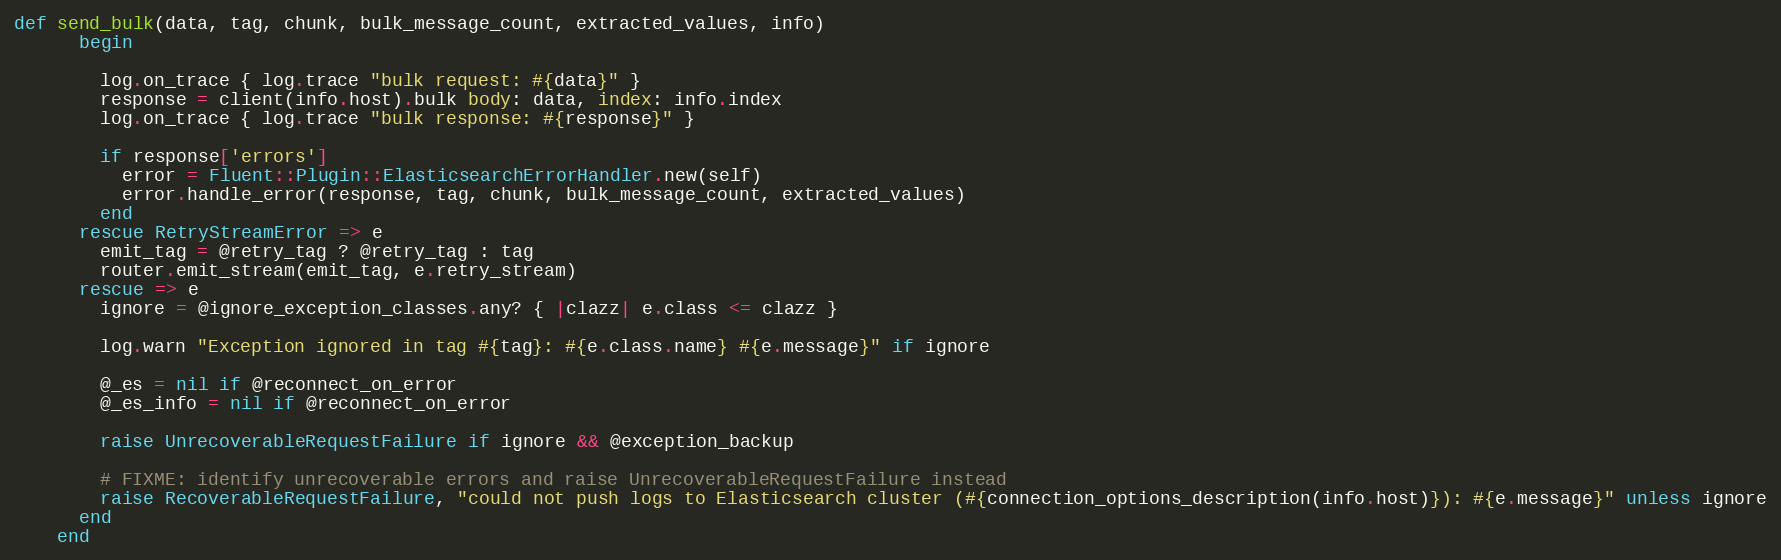
Language: Ruby
def send_bulk(data, tag, chunk, bulk_message_count, extracted_values, info)
      begin

        log.on_trace { log.trace "bulk request: #{data}" }
        response = client(info.host).bulk body: data, index: info.index
        log.on_trace { log.trace "bulk response: #{response}" }

        if response['errors']
          error = Fluent::Plugin::ElasticsearchErrorHandler.new(self)
          error.handle_error(response, tag, chunk, bulk_message_count, extracted_values)
        end
      rescue RetryStreamError => e
        emit_tag = @retry_tag ? @retry_tag : tag
        router.emit_stream(emit_tag, e.retry_stream)
      rescue => e
        ignore = @ignore_exception_classes.any? { |clazz| e.class <= clazz }

        log.warn "Exception ignored in tag #{tag}: #{e.class.name} #{e.message}" if ignore

        @_es = nil if @reconnect_on_error
        @_es_info = nil if @reconnect_on_error

        raise UnrecoverableRequestFailure if ignore && @exception_backup

        # FIXME: identify unrecoverable errors and raise UnrecoverableRequestFailure instead
        raise RecoverableRequestFailure, "could not push logs to Elasticsearch cluster (#{connection_options_description(info.host)}): #{e.message}" unless ignore
      end
    end